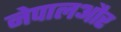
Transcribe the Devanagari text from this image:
नेपालऔर